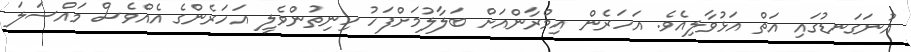
އުނަގަނޑުގައި އަތް އަޅުވާލިއެވެ. އަހަރެން އިމްރާންއަށް ބަލާލުމަށްފަހު ހިނިތުންވެލީ އަހަރެންގެ އެއްވެސް މައްސަލަ